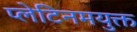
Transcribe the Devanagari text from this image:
प्लेटिनमयुक्त